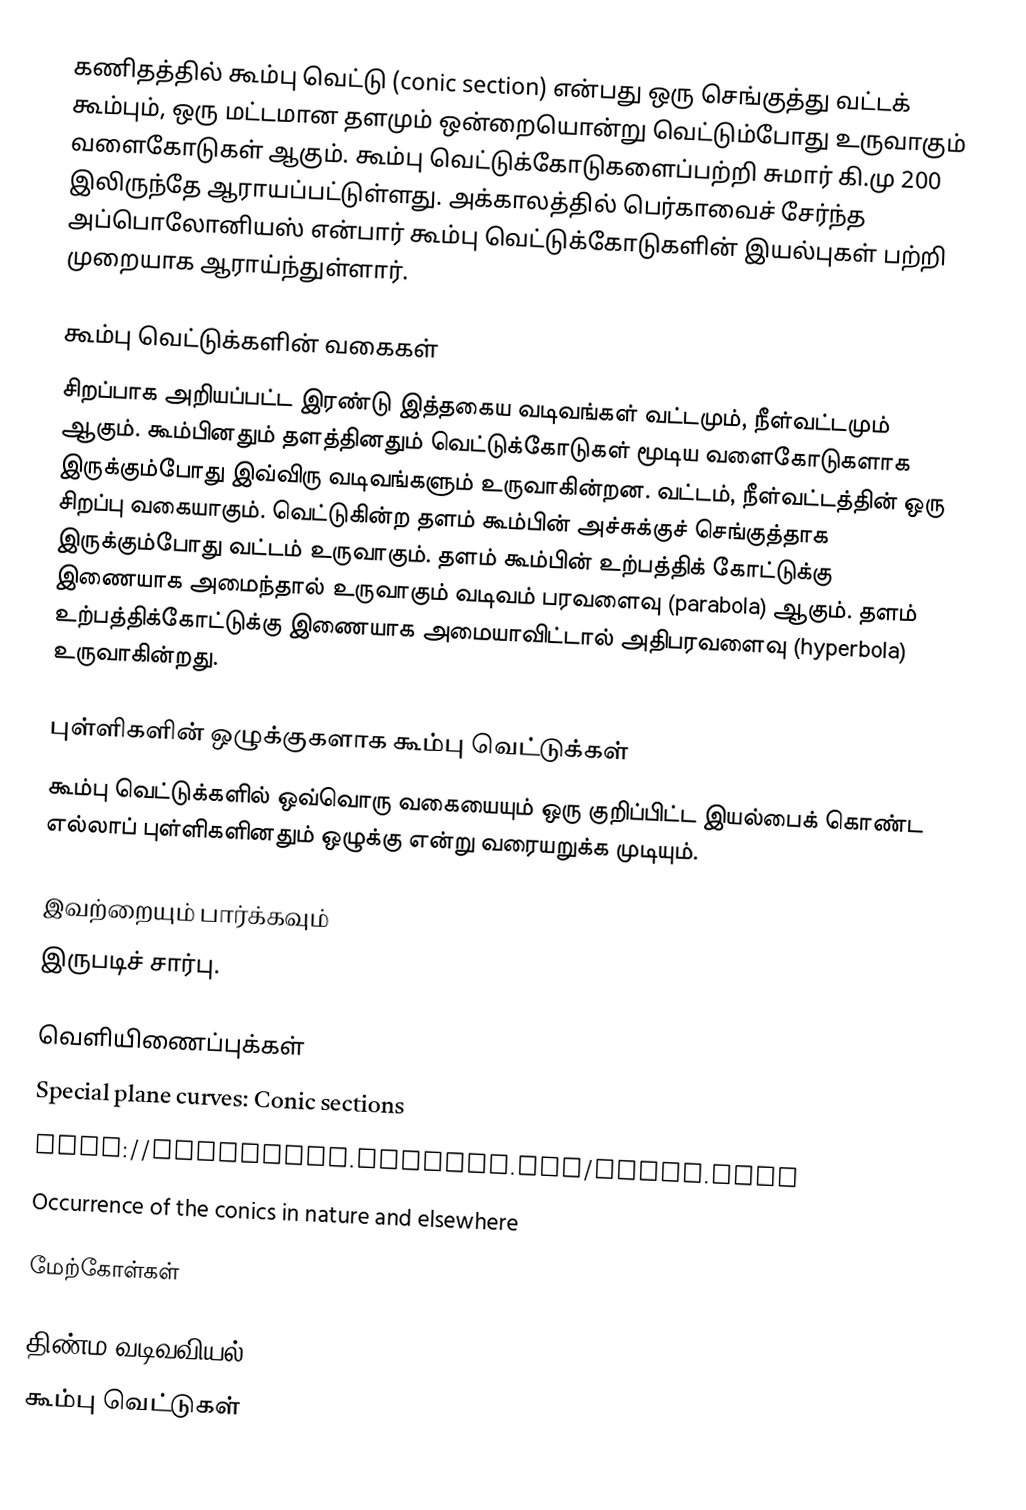
கணிதத்தில் கூம்பு வெட்டு (conic section) என்பது ஒரு செங்குத்து வட்டக் கூம்பும், ஒரு மட்டமான தளமும் ஒன்றையொன்று வெட்டும்போது உருவாகும் வளைகோடுகள் ஆகும். கூம்பு வெட்டுக்கோடுகளைப்பற்றி சுமார் கி.மு 200 இலிருந்தே ஆராயப்பட்டுள்ளது. அக்காலத்தில் பெர்காவைச் சேர்ந்த அப்பொலோனியஸ் என்பார் கூம்பு வெட்டுக்கோடுகளின் இயல்புகள் பற்றி முறையாக ஆராய்ந்துள்ளார்.

கூம்பு வெட்டுக்களின் வகைகள்
சிறப்பாக அறியப்பட்ட இரண்டு இத்தகைய வடிவங்கள் வட்டமும், நீள்வட்டமும் ஆகும். கூம்பினதும் தளத்தினதும் வெட்டுக்கோடுகள் மூடிய வளைகோடுகளாக இருக்கும்போது இவ்விரு வடிவங்களும் உருவாகின்றன. வட்டம், நீள்வட்டத்தின் ஒரு சிறப்பு வகையாகும். வெட்டுகின்ற தளம் கூம்பின் அச்சுக்குச் செங்குத்தாக இருக்கும்போது வட்டம் உருவாகும். தளம் கூம்பின் உற்பத்திக் கோட்டுக்கு இணையாக அமைந்தால் உருவாகும் வடிவம் பரவளைவு (parabola) ஆகும். தளம் உற்பத்திக்கோட்டுக்கு இணையாக அமையாவிட்டால் அதிபரவளைவு (hyperbola) உருவாகின்றது.

புள்ளிகளின் ஒழுக்குகளாக கூம்பு வெட்டுக்கள்
கூம்பு வெட்டுக்களில் ஒவ்வொரு வகையையும் ஒரு குறிப்பிட்ட இயல்பைக் கொண்ட எல்லாப் புள்ளிகளினதும் ஒழுக்கு என்று வரையறுக்க முடியும்.

இவற்றையும் பார்க்கவும்
 இருபடிச் சார்பு.

வெளியிணைப்புக்கள்
 Special plane curves: Conic sections
 http://mathworld.wolfram.com/Focus.html
 Occurrence of the conics  in nature and elsewhere

மேற்கோள்கள்

திண்ம வடிவவியல்
கூம்பு வெட்டுகள்